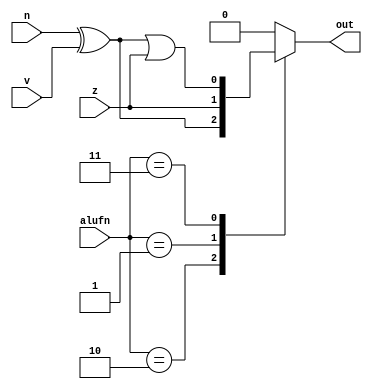
/*
   This file was generated automatically by Alchitry Labs version 1.2.1.
   Do not edit this file directly. Instead edit the original Lucid source.
   This is a temporary file and any changes made to it will be destroyed.
*/

module comparator_25 (
    input z,
    input n,
    input v,
    input [1:0] alufn,
    output reg out
  );
  
  
  
  reg i;
  reg j;
  
  always @* begin
    i = n ^ v;
    j = i | z;
    out = 1'h0;
    
    case (alufn)
      2'h2: begin
        out = i;
      end
      2'h1: begin
        out = z;
      end
      2'h3: begin
        out = j;
      end
    endcase
  end
endmodule